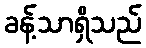
ခန့်သာရှိသည်